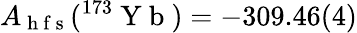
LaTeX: A_{\mathrm{~h~f~s~}}(^{173}\mathrm{~Y~b~})=-309.46(4)